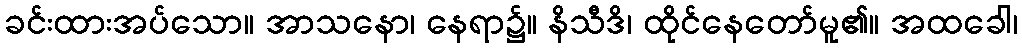
ခင်းထားအပ်သော။ အာသနော၊ နေရာ၌။ နိသီဒိ၊ ထိုင်နေတော်မူ၏။ အထခေါ၊